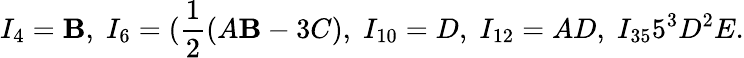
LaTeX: I_{4}=\mathbf{B},\; I_{6}=(\frac{{1}}{{2}}(A\mathbf{B}-3C),\; I_{10}=D,\; I_{12}=AD,\; I_{35}5^{3}D^{2}E.